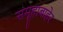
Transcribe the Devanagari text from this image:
समूहाबाहेर